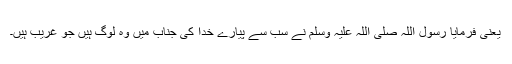
یعنی فرمایا رسول اللہ صلی اللہ علیہ وسلم نے سب سے پیارے خدا کی جناب میں وہ لوگ ہیں جو غریب ہیں۔